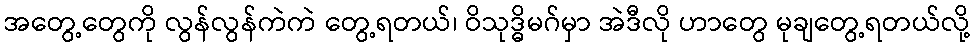
အတွေ့တွေကို လွန်လွန်ကဲကဲ တွေ့ရတယ်၊ ဝိသုဒ္ဓိမဂ်မှာ အဲဒီလို ဟာတွေ မုချတွေ့ရတယ်လို့